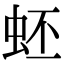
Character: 蚽